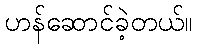
ဟန်ဆောင်ခဲ့တယ်။